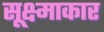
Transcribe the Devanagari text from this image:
सूक्ष्माकार